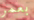
بعمر